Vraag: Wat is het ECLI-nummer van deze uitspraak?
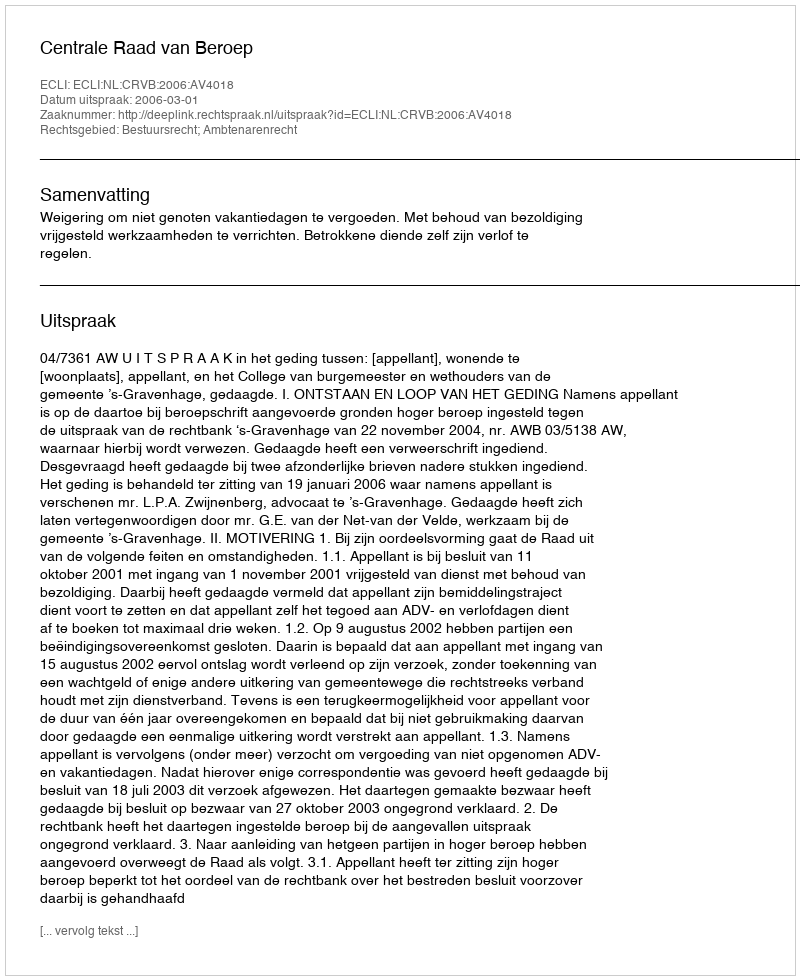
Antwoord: ECLI:NL:CRVB:2006:AV4018